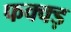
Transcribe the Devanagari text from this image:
फक्क्ड़